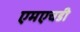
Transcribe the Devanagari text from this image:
एमएचडी